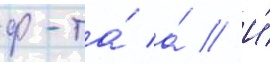
ф-та́ а́ // И́